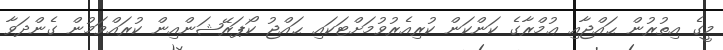
މީގެ އިތުރުން ޙައްޖާއި ޢުމްރާގެ ކަންކަން ކުރިއެރުވުމަށްޓަކައި ޙައްޖު ކޯޕަރޭޝަންއިން ކުރައްވަމުން ގެންދަވާ